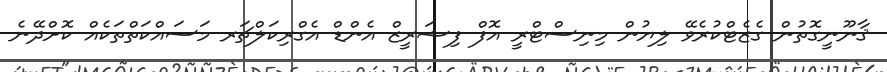
ޤާނޫނީގޮތުން ގެޒެޓްކުރެވޭ ލިޔުން މިނިސްޓްރީ އޮފް ފިޝަރީޒް އެންޑް އެގްރިކަލްޗަރ މަސައްކަތްތަކެއް ކޮށްދޭނެ